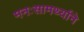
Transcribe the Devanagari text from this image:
मनःसामर्थ्याने